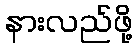
နားလည်ဖို့